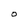
Character: O